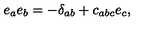
e _ { a } e _ { b } = - \delta _ { a b } + c _ { a b c } e _ { c } ,